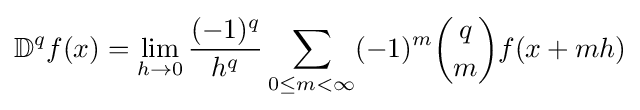
\mathbb {D} ^{q}f(x)=\lim _{h\to 0}{\frac {(-1)^{q}}{h^{q}}}\sum _{0\leq m<\infty }(-1)^{m}{q \choose m}f(x+mh)